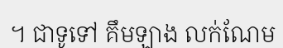
។ ជាទូទៅ គឹមឡាង លក់ណែម